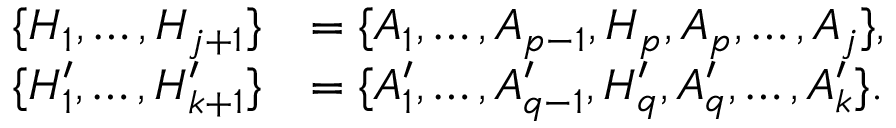
\begin{array} { r l } { \{ H _ { 1 } , \ldots , H _ { j + 1 } \} } & { = \{ A _ { 1 } , \ldots , A _ { p - 1 } , H _ { p } , A _ { p } , \ldots , A _ { j } \} , } \\ { \{ H _ { 1 } ^ { \prime } , \ldots , H _ { k + 1 } ^ { \prime } \} } & { = \{ A _ { 1 } ^ { \prime } , \ldots , A _ { q - 1 } ^ { \prime } , H _ { q } ^ { \prime } , A _ { q } ^ { \prime } , \ldots , A _ { k } ^ { \prime } \} . } \end{array}